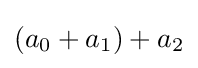
(a_{0}+a_{1})+a_{2}